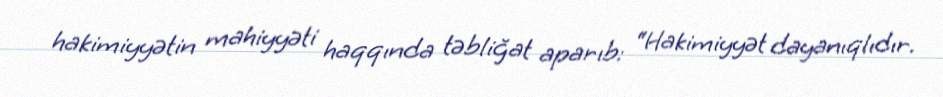
hakimiyyətin mahiyyəti haqqında təbliğat aparıb: “Hakimiyyət dayanıqlıdır.